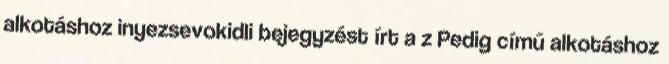
alkotáshoz inyezsevokidli bejegyzést írt a z Pedig című alkotáshoz